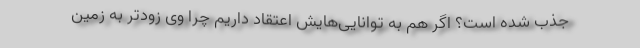
جذب شده است؟ اگر هم به توانایی‌هایش اعتقاد داریم چرا وی زودتر به زمین